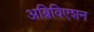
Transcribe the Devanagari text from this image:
अब्रिविएशन